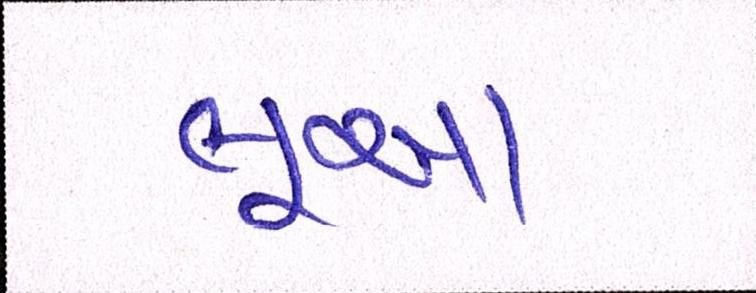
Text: લૂઆ